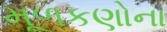
મૂળકણોના